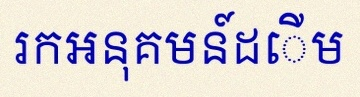
រកអនុគមន៍ដើម